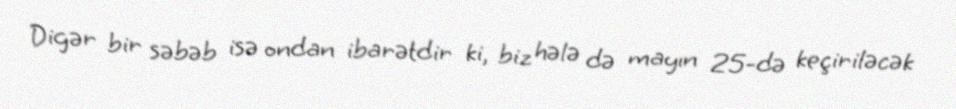
Digər bir səbəb isə ondan ibarətdir ki, biz hələ də mayın 25-də keçiriləcək